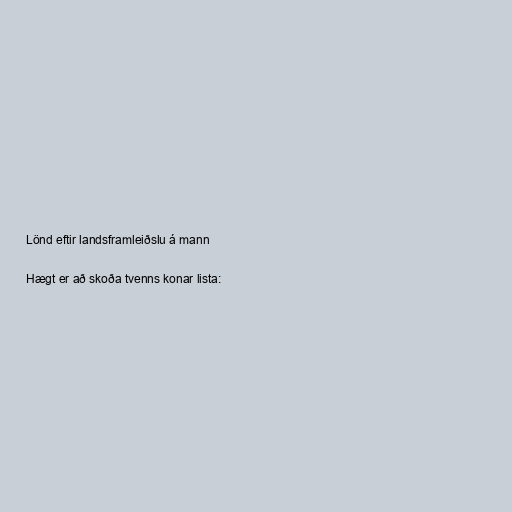
Lönd eftir landsframleiðslu á mann

Hægt er að skoða tvenns konar lista: